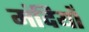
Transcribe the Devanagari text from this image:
मंदियाँ